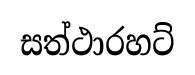
සත්ථාරහට්